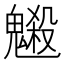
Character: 𩴇